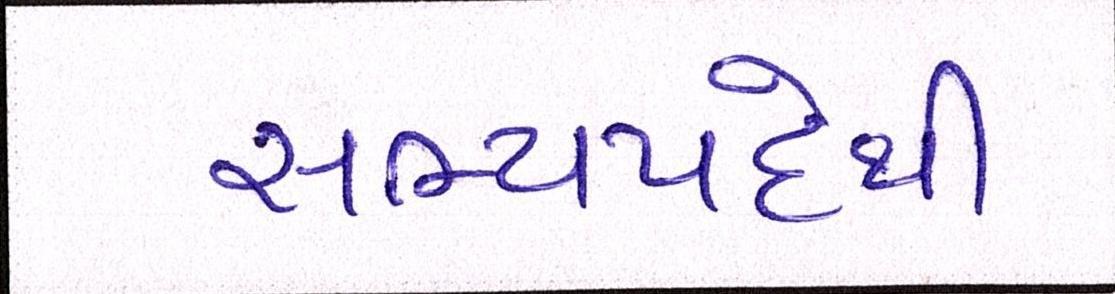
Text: સભ્યપદેથી